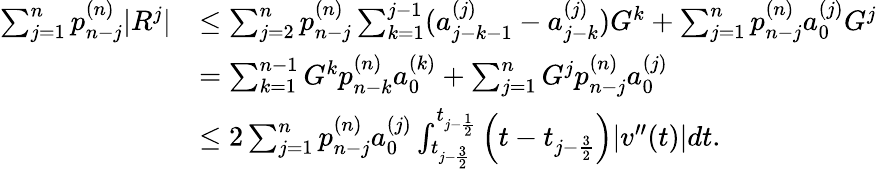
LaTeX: \begin{array}{rl}{\sum_{j=1}^{n}p_{n-j}^{(n)}|R^{j}|}&{\le\sum_{j=2}^{n}p_{n-j}^{(n)}\sum_{k=1}^{j-1}(a_{j-k-1}^{(j)}-a_{j-k}^{(j)})G^{k}+\sum_{j=1}^{n}p_{n-j}^{(n)}a_{0}^{(j)}G^{j}}\\ &{=\sum_{k=1}^{n-1}G^{k}p_{n-k}^{(n)}a_{0}^{(k)}+\sum_{j=1}^{n}G^{j}p_{n-j}^{(n)}a_{0}^{(j)}}\\ &{\le 2\sum_{j=1}^{n}p_{n-j}^{(n)}a_{0}^{(j)}\int_{t_{j-\frac{3}{2}}}^{t_{j-\frac{1}{2}}}\Big(t-t_{j-\frac{3}{2}}\Big)|v^{\prime\prime}(t)|dt.}\end{array}